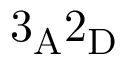
\mathrm { 3 _ { A } 2 _ { D } }